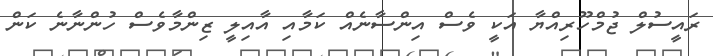
ރައީސުލް ޖުމްހޫރިއްޔާ އަކީ ވެސް އިންސާނެއް ކަމާއި އާއިލީ ޒިންމާވެސް ހުންނާނެ ކަން